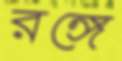
রঙ্গে